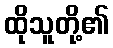
ထိုသူတို့၏